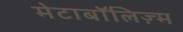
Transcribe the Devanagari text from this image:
मेटाबॉलिज़्म